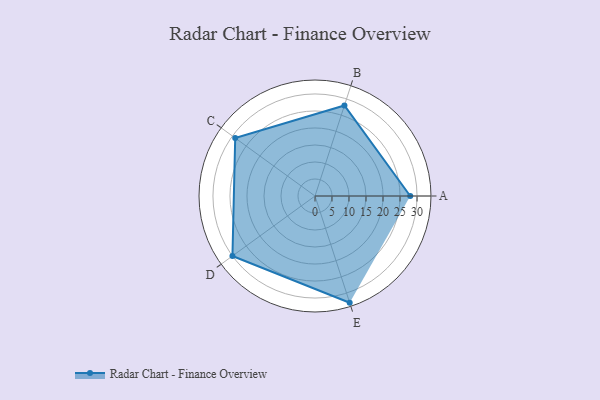
{"axis": {"x": "Skill", "y": "Score"}, "legend": ["Profile"], "data": [{"x": "A", "y": 28.0, "type": "Profile"}, {"x": "B", "y": 28.0, "type": "Profile"}, {"x": "C", "y": 29.0, "type": "Profile"}, {"x": "D", "y": 30.0, "type": "Profile"}, {"x": "E", "y": 33.0, "type": "Profile"}]}